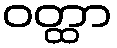
ဝတ္ထာ